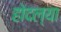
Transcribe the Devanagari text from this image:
होदल्या